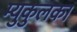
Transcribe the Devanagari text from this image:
म्युकुलका